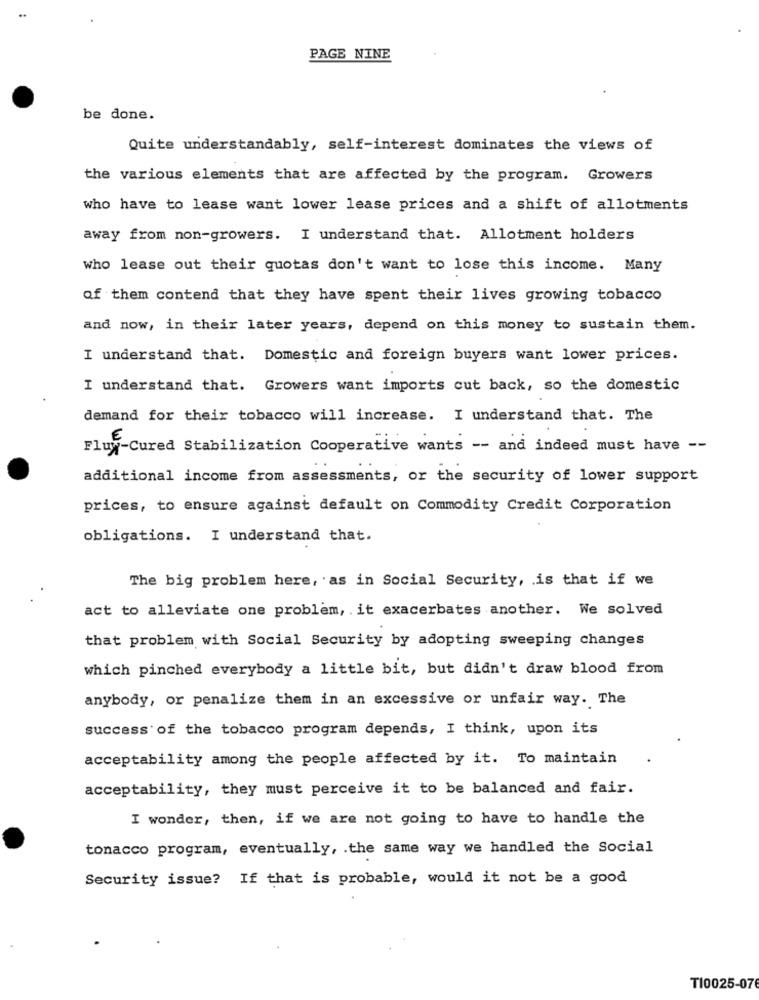
PAGE NINE
be done.
Quite understandably, self-interest dominates the views of
the various elements that are affected by the program. Growers
who have to lease want lower lease prices and a shift of allotments
away from non-growers. I understand that. Allotment holders
who lease out their quotas don't want to lose this income. Many
of them contend that they have spent their lives growing tobacco
and now, in their later years, depend on this money to sustain them.
I understand that. Domestic and foreign buyers want lower prices.
I understand that. Growers want imports cut back, so the domestic
demand for their tobacco will increase. I understand that. The
Flux-Cured Stabilization Cooperative wants -- and indeed must have --
additional income from assessments, or the security of lower support
prices, to ensure against default on Commodity Credit Corporation
obligations. I understand that.
The big problem here, as in Social Security, is that if we
act to alleviate one problem, . it exacerbates another. We solved
that problem with Social Security by adopting sweeping changes
which pinched everybody a little bit, but didn't draw blood from
anybody, or penalize them in an excessive or unfair way. The
success of the tobacco program depends, I think, upon its
acceptability among the people affected by it. To maintain
acceptability, they must perceive it to be balanced and fair.
I wonder, then, if we are not going to have to handle the
tonacco program, eventually, . the same way we handled the Social
Security issue? If that is probable, would it not be a good
TI0025-076